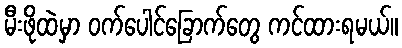
မီးဖိုထဲမှာ ဝက်ပေါင်ခြောက်တွေ ကင်ထားရမယ်။